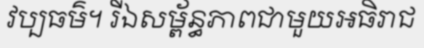
វប្បធម៌។ រីឯសម្ព័ន្ធភាពជាមួយអធិរាជ